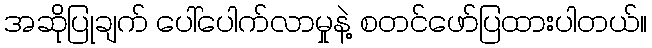
အဆိုပြုချက် ပေါ်ပေါက်လာမှုနဲ့ စတင်ဖော်ပြထားပါတယ်။